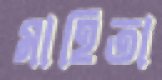
মাহিতা